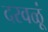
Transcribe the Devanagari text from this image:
दरवळूं